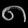
Digit: ၈